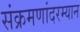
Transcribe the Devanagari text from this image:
संक्रमणांदरम्यान